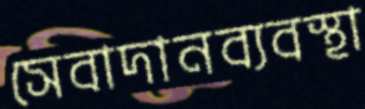
সেবাদানব্যবস্থা